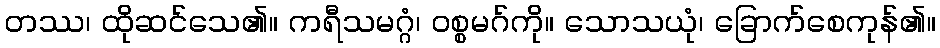
တဿ၊ ထိုဆင်သေ၏။ ကရီသမဂ္ဂံ၊ ဝစ္စမဂ်ကို။ သောသယုံ၊ ခြောက်စေကုန်၏။